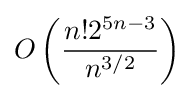
O\left({\frac {n!2^{5n-3}}{n^{3/2}}}\right)